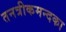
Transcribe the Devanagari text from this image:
तनत्रीकमन्दका